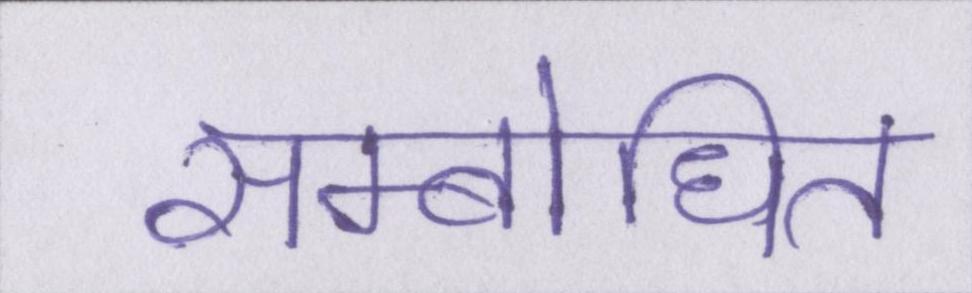
सम्बोधित